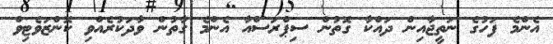
އެންމެ ފަހުގެ ނަތީޖާއިން ދައްކާ ގޮތުން ސިޕްރަސްއާ އެންމެ ގާތުން ވާދަކުރެއްވި ކޮންޒަވެޓިވް